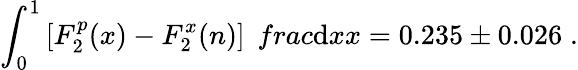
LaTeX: \int_{0}^{1}\left[F_{2}^{p}(x)-F_{2}^{x}(n)\right]\; \, frac{\mathrm{d}x}{x}=0.235\pm0.026\; .